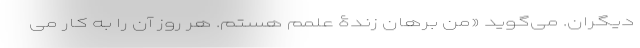
دیگران. می‌گوید «من برهان زندۀ علمم هستم. هر روز آن را به کار می‌